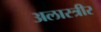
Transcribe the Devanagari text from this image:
अलास्त्रीर